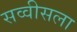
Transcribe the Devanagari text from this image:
सव्वीसला